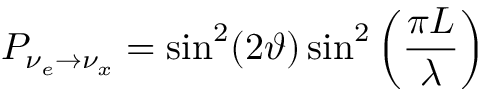
P _ { \nu _ { e } \rightarrow \nu _ { x } } = \sin ^ { 2 } ( 2 \vartheta ) \sin ^ { 2 } \left( \frac { \pi L } { \lambda } \right)